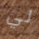
لي